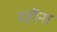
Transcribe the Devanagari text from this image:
वहीना